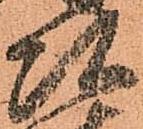
頭